Annual report on the health of the army in India
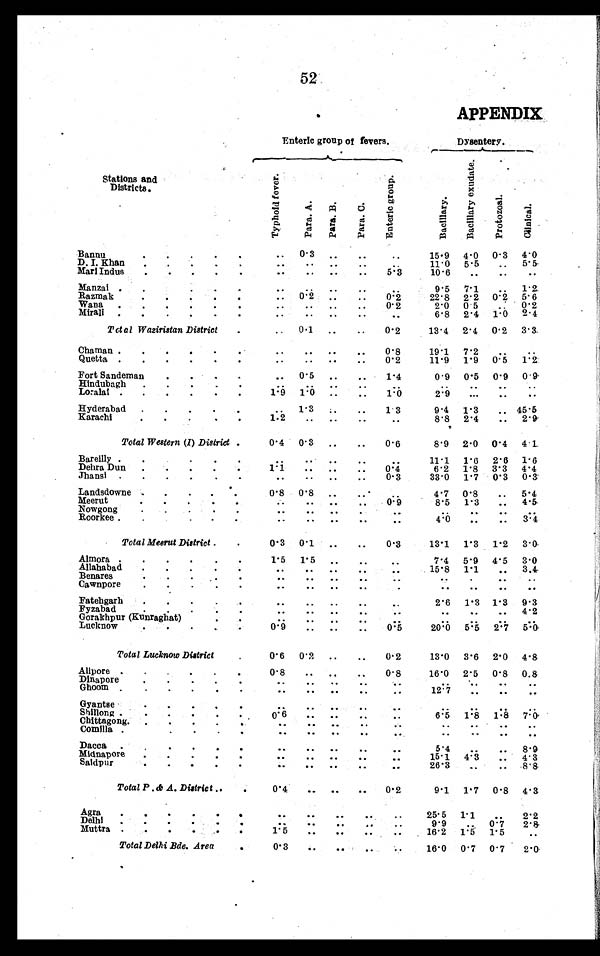
52
APPENDIX
Enteric group of fevers.
Dysentery.
Stations an
Districts .
T y p h o i d f e v e r .
P a r a A . Pa r a B.
P a r a C .
E n t e r i c g r o u p .
B a c i l l a r y
B a c i l l a r y e x n d a t e
P r o t o z o a l
C i l n i c a l
Bannu
. .
.. 0.3 ..
. .
. .
15.9 4 . 0 0. 3 4.0
D. I. Khan . .
. .
. . ..
. .
. .
11.0 5.5 .. 5.5
Mari Indus . . . . .
.. ..
.. 5.3
10.6 .. ..
. .
Manzai. .
..
. . .. ..
. .
9.5 7.1 .. 1.2.
Razmak
.
. . 0.2 .. .. 0.2
22.8 2. 2 0.2 5.6
Wana .
. .
.
.. .. .. .. 0- 2
2'0 0'5 .. 0.2
Mirali . . . . . .
..
6.8 2. 4 1 . 0 22.4
Total Waziristan District .
. . 0.1 .. ..
0.2
13.4 2.4 0.2 3.3.
Chaman . . . . . .
. . .. .. .. 0.8
19.1 7.2 .
. .
Quetta . . . . . .
..
. . ..
. . 0 2
11.9 1.9
0 . 5
1 . 2
Fort Sandeman . . . .
. . 0.5 .. .. 1.4
0.9 0.5 0.9 0..9
Hindubagh. .
. .
. . .. ..
..
. . ..
. .
. .
Loralai . . . . . .
1.9 1.0 .. ..
1.0
2.9
. . . . ..
Hyderabad . . . .
. 1.3
.. 1.3
9.4 1.3
. . 45.5
Karachi
1.2 .. .. ..
. . 8.8 2.4 .. 2.9
Total Western (I) District .
0.4 0.3 .. .. 0.6
8.9 2 . 0 0.4 4.1.
Bareilly . .
. .
. . .. ..
..
11.1 1.6 2.6 1.6
Dehra Dun. . . . .
1.1 .. .. .. 0.4
6.2 1.8 3.3 4.4
Jhansi . . . . . .
.. .. ..
. . 0.3
33.0 1'7 0.3 0.3
Landsdowne . . . . .
0.8 0.8 ..
..
. .
4.7 0.8 .. 5.4
Meerut
.. .. .. ..
0 . 9
8.5 1.3 .. 4.5
Nowgong
.
. .
. . .. ..
..
. . ..
. . 3.4
Roorkee . . . .
.. .. .. ..
. .
4.6 . .
. .
. .
Total Meerut District . .
0.3 0.1 .. .. 0.3
13.1 1.3 1.2 3.0
Almora . . . . . .
1.5
1 . 5
. . . .
. .
7.4 5.9 4.5 3.0
Allahabad . .
.• "
. . ..
. .
..
1 5 . 8 . . 1.1 .. 3.4
Benares
. .
. . ..
. . ..
. . ..
. . ..
Cawnpore . . . . .
.. .. .. ..
. .
. . ..
. . . .
Fatehgarh . . . .
.. .. .. ..
..
2.6 1.3 1.3 9.3
Fyzabad
.. .. .. ..
. .
. .
..
. . 4-.2
Gorakhpur(kunraghat) . .
.. .. .. ..
..
. .
..
. .
. .
Lucknow
. . . .
0.9 .. .. .. 0.5
20.6 5' 2.7 5.0
Total Lucknow District
.
0.6 0.2 .. .. 0.2
13.0 3.6 2.0 4.8
Alipore . . . . . .
0.8 .. .. .. 0.8
16.0 2.5 0.8 0.8
Dinapore
.
. . .
.. .. .. ..
. .
. .
. .
. .
. .
Ghoom . .
. . .
. .
. .
. . . .
. . 12.7
. .
. .
. .
Gyantse
. . . . .
. .
. .
. . S.
. .
. .
..
. .
. .
Shillong . . . . . .
0 . 6 . .
. .
..
. . . .
6 . 5
1 . 8 1 : 8 7.0
Chittagong. . . . . .
. .
0 . 6
. . . .
. .
.. .. .. ..
Comilla .
. .
. .
. . . .
. .
. .
. .
. .
. .
Dacca . . . . .
. .
. .
. . . .
..
5.4 ..
. . 8.9
Midnapore . . .
. .
. .
. . . .
. . 15.1 4.3 .. 4.3
Saidpur
.
.
. .
. . 26.3
. . .. 8.8
Total P .& A. Distric t .
0.04 ..
. . .. 0.2
9.1 1'.7 0 . 8 4.3
Agra . . . . .
. .
. .
. .
. . ...
25.5 1.1 .. 2.2
Delhi . .
. . .. .. .. ..
9.9 .. 0.7 2.8
Muttra . .
1'.5 ..
. .
. . ..
16.2 1.5 1.5
..
Total Delhi Bde. Area
0.3 .. .. ..
. . 16.0 0.7 0.7 2.0